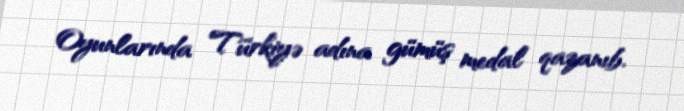
Oyunlarında Türkiyə adına gümüş medal qazanıb.